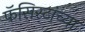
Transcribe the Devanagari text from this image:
फॅसिस्टांच्या